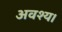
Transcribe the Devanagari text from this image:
अवश्य।